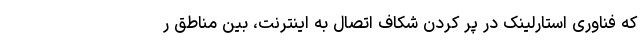
که فناوری استارلینک در پر کردن شکاف اتصال به اینترنت، بین مناطق ر